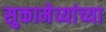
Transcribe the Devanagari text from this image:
सुकामेव्यांच्या